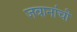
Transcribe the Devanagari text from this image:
जवानांची